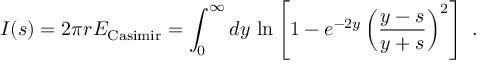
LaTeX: I ( s ) = 2 \pi r E _ { \mathrm { C a s i m i r } } = \int _ { 0 } ^ { \infty } d y \, \ln \left[ 1 - e ^ { - 2 y } \left( { \frac { y - s } { y + s } } \right) ^ { 2 } \right] \ .